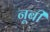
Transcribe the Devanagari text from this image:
नूबी